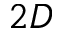
2 D